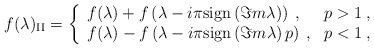
\begin{align*}f(\lambda )_{\mathrm{II}}=\left\{ \begin{array}{ll}f(\lambda )+f\left( \lambda -i\pi \mathrm{sign}\left( \Im m\lambda \right) \right) \: , & p>1\: ,\\f(\lambda )-f\left( \lambda -i\pi \mathrm{sign}\left( \Im m\lambda \right)p \right) \: , & p<1\: ,\end{array}\right.\end{align*}